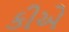
કીએ